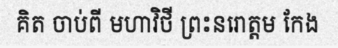
គិត ចាប់ពី មហាវិថី ព្រះនរោត្តម កែង